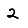
Digit: 2